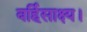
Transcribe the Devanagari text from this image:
बर्हिसाक्ष्य।